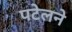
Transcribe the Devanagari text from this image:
पटेलने